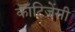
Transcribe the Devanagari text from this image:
कॉटिजेंसी